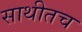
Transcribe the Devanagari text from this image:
साथीतच